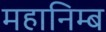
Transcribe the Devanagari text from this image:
महानिम्ब